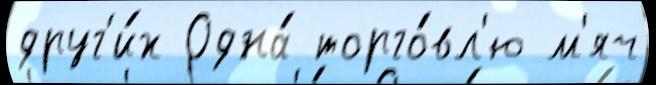
друг'и́х Одна́ торго́вл'ю м'яч